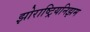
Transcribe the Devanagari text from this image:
झोराष्ट्रियनिझम